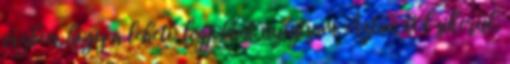
vízben, hogy a lehető legjobbat nyújtsam. Aztán hol sikerül,